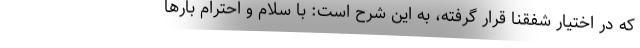
که در اختیار شفقنا قرار گرفته، به این شرح است: با سلام و احترام بارها